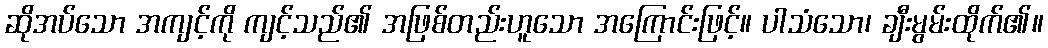
ဆိုအပ်သော အကျင့်ကို ကျင့်သည်၏ အဖြစ်တည်းဟူသော အကြောင်းဖြင့်။ ပါသံသော၊ ချီးမွမ်းထိုက်၏။